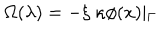
\Omega ( \lambda ) = - \xi ~ \kappa \phi ( x ) \mid _ { \Gamma }